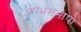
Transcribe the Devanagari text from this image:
अपभ्रंशभाषा